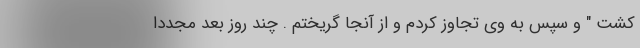
کشت " و سپس به وی تجاوز کردم و از آنجا گریختم . چند روز بعد مجددا